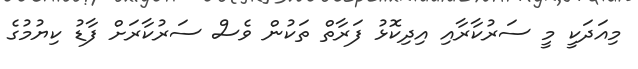
މިއަދަކީ މީ ސަރުކާރާއި އިދިކޮޅު ފަރާތް ތަކުން ވެސް ސަރުކާރަށް ފާޑު ކިޔުމުގެ